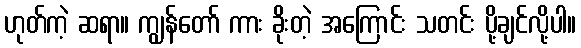
ဟုတ်ကဲ့ ဆရာ။ ကျွန်တော် ကား ခိုးတဲ့ အကြောင်း သတင်း ပို့ချင်လို့ပါ။